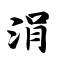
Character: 涓